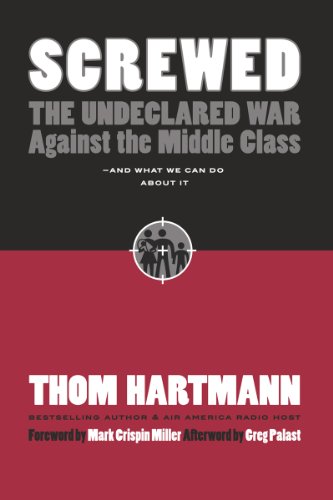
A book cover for Screwed: The Undeclared War Against the Middle Class - And What We Can Do about It; Thom Hartmann; Business & Money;